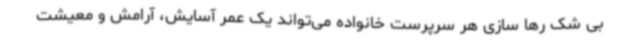
بی شک رها سازی هر سرپرست خانواده می‌تواند یک عمر آسایش، آرامش و معیشت